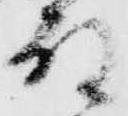
殿